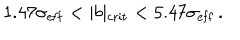
1 . 4 7 \sigma _ { \mathrm { e f f } } < \vert b \vert _ { \mathrm { c r i t } } < 5 . 4 7 \sigma _ { \mathrm { e f f } } \, .